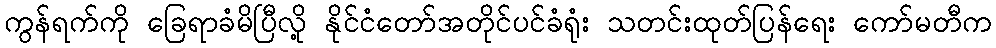
ကွန်ရက်ကို ခြေရာခံမိပြီလို့ နိုင်ငံတော်အတိုင်ပင်ခံရုံး သတင်းထုတ်ပြန်ရေး ကော်မတီက